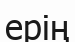
ерің